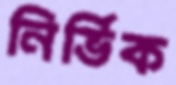
নির্ভিক